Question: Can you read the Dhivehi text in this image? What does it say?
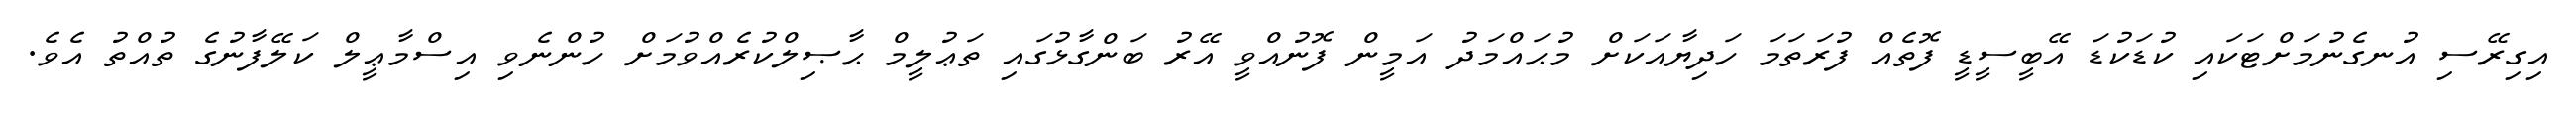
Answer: އިގިރޭސި އުނގެނުމަށްޓަކައި ކުޑަކުޑަ އޭބީސީޑީ ފޮތެއް ފުރަތަމަ ހަދިޔާއަކަށް މުޙައްމަދު އަމީން ފޮނުއްވީ އޭރު ބަންގާޅުގައި ތަޢުލީމް ޙާޞިލްކުރެއްވުމަށް ހުންނެވި އިސްމާޢީލް ކަލޭފާނުގެ ތުއްތު އެވެ.